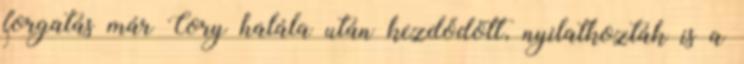
forgatás már Cory halála után kezdődött, nyilatkozták is a